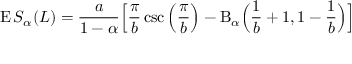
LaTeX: \operatorname { E } S _ { \alpha } ( L ) = { \frac { a } { 1 - \alpha } } { \Bigl [ } { \frac { \pi } { b } } \csc { \Bigl ( } { \frac { \pi } { b } } { \Bigr ) } - \mathrm { B } _ { \alpha } { \Bigl ( } { \frac { 1 } { b } } + 1 , 1 - { \frac { 1 } { b } } { \Bigr ) } { \Bigr ] }